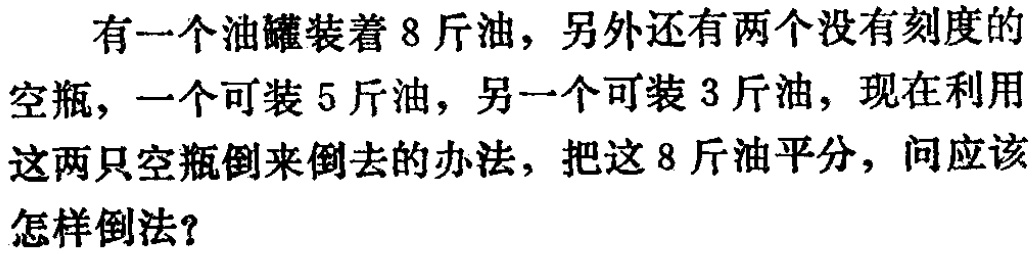
有一个油罐装着 8 斤油，另外还有两个没有刻度的空瓶，一个可装 5 斤油，另一个可装 3 斤油，现在利用这两只空瓶倒来倒去的办法，把这 8 斤油平分，问应该怎样倒法？